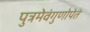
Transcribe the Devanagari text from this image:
पुत्रमेवंगुणोपेतं